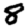
Digit: 8